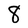
Character: 8